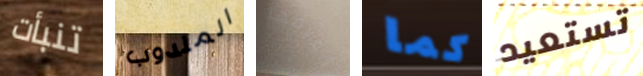
تنبأت المندوب أعرفها كما تستعيد